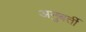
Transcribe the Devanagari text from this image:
अनुबर्ती